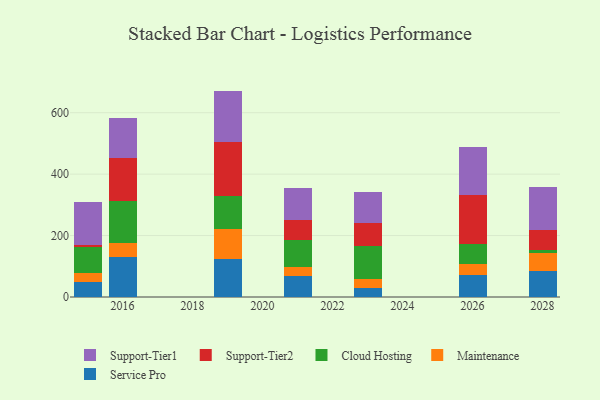
{"axis": {"x": "Year", "y": "Energy Usage (MWh)"}, "legend": ["Cloud Hosting", "Maintenance", "Service Pro", "Support-Tier1", "Support-Tier2"], "data": [{"x": "2019", "y": 124.7, "type": "Service Pro"}, {"x": "2019", "y": 95.6, "type": "Maintenance"}, {"x": "2019", "y": 110.1, "type": "Cloud Hosting"}, {"x": "2019", "y": 174.1, "type": "Support-Tier2"}, {"x": "2019", "y": 166.6, "type": "Support-Tier1"}, {"x": "2028", "y": 84.5, "type": "Service Pro"}, {"x": "2028", "y": 58.1, "type": "Maintenance"}, {"x": "2028", "y": 11.3, "type": "Cloud Hosting"}, {"x": "2028", "y": 64.6, "type": "Support-Tier2"}, {"x": "2028", "y": 138.7, "type": "Support-Tier1"}, {"x": "2016", "y": 129.1, "type": "Service Pro"}, {"x": "2016", "y": 47.0, "type": "Maintenance"}, {"x": "2016", "y": 135.6, "type": "Cloud Hosting"}, {"x": "2016", "y": 139.5, "type": "Support-Tier2"}, {"x": "2016", "y": 131.9, "type": "Support-Tier1"}, {"x": "2015", "y": 50.1, "type": "Service Pro"}, {"x": "2015", "y": 28.5, "type": "Maintenance"}, {"x": "2015", "y": 84.4, "type": "Cloud Hosting"}, {"x": "2015", "y": 5.8, "type": "Support-Tier2"}, {"x": "2015", "y": 139.7, "type": "Support-Tier1"}, {"x": "2021", "y": 69.9, "type": "Service Pro"}, {"x": "2021", "y": 29.4, "type": "Maintenance"}, {"x": "2021", "y": 87.0, "type": "Cloud Hosting"}, {"x": "2021", "y": 64.7, "type": "Support-Tier2"}, {"x": "2021", "y": 103.0, "type": "Support-Tier1"}, {"x": "2023", "y": 28.8, "type": "Service Pro"}, {"x": "2023", "y": 30.8, "type": "Maintenance"}, {"x": "2023", "y": 105.7, "type": "Cloud Hosting"}, {"x": "2023", "y": 76.3, "type": "Support-Tier2"}, {"x": "2023", "y": 98.7, "type": "Support-Tier1"}, {"x": "2026", "y": 70.3, "type": "Service Pro"}, {"x": "2026", "y": 37.7, "type": "Maintenance"}, {"x": "2026", "y": 63.2, "type": "Cloud Hosting"}, {"x": "2026", "y": 162.0, "type": "Support-Tier2"}, {"x": "2026", "y": 154.8, "type": "Support-Tier1"}]}